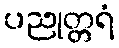
ပညုတ္တရံ